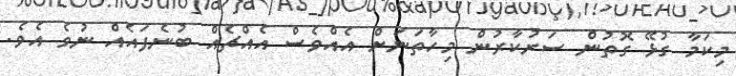
މިކަމާ ގުޅޭ ގޮތުން ސަރުކާރުން މިހާތަނަށް އެއްވެސް އެއްޗެއް ބުނެފައެއް ނުވެ އެވެ.